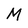
Character: M